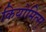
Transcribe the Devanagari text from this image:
कियोमित्सू